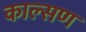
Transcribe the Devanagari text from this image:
काल्सण